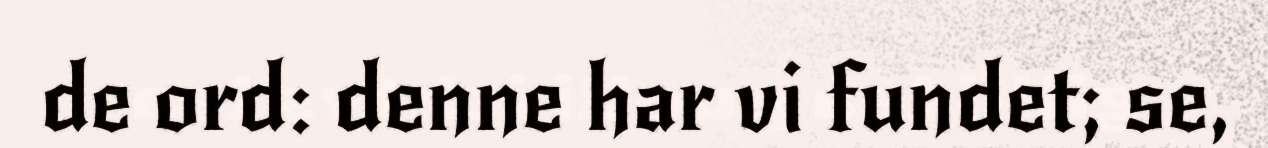
de ord: denne har vi fundet; se,